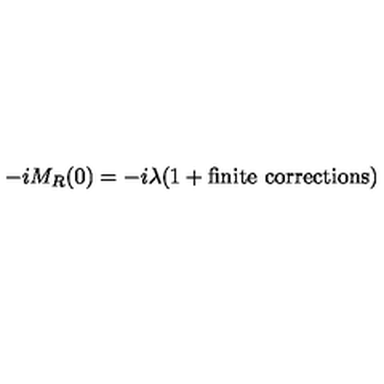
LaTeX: - i M _ { R } ( 0 ) = - i \lambda ( 1 + \mathrm { f i n i t e \ c o r r e c t i o n s } )